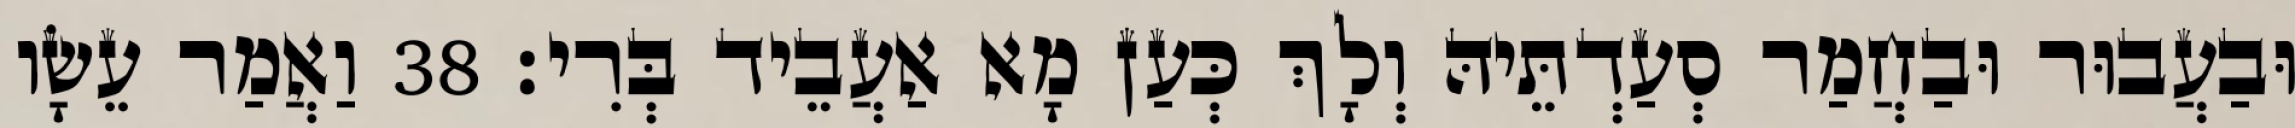
וּבַעֲבוּר וּבַחֲמַר סְעַדְתֵּיהּ וְלָךְ כְּעַן מָא אַעֲבֵיד בְּרִי׃ 38 וַאֲמַר עֵשָׂו